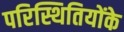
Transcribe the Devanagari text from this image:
परिस्थितियोंके